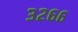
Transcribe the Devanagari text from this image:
३२६६